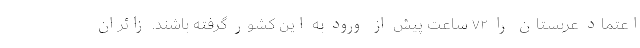
اعتماد عربستان را ۷۲ ساعت پیش از ورود به این کشور گرفته باشند. زائران